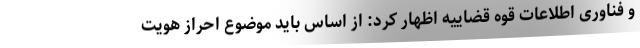
و فناوری اطلاعات قوه قضاییه اظهار کرد: از اساس باید موضوع احراز هویت